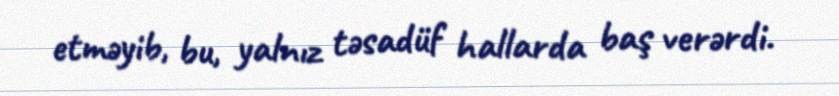
etməyib, bu, yalnız təsadüf hallarda baş verərdi.